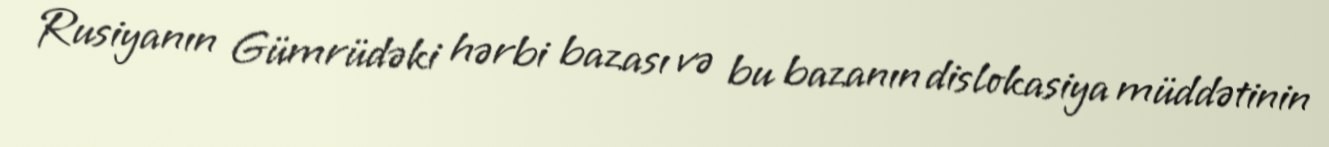
Rusiyanın Gümrüdəki hərbi bazası və bu bazanın dislokasiya müddətinin